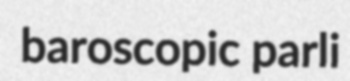
baroscopic parli